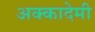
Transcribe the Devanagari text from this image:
अक्कादेमी